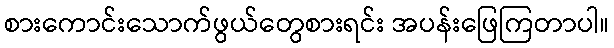
စားကောင်းသောက်ဖွယ်တွေစားရင်း အပန်းဖြေကြတာပါ။